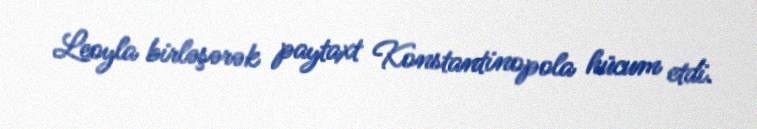
Leoyla birləşərək paytaxt Konstantinopola hücum etdi.